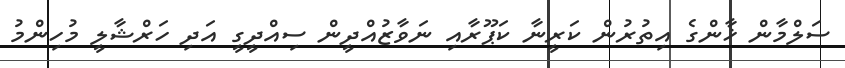
ސަލްމާން ޚާންގެ އިތުރުން ކަރީނާ ކަޕޫރާއި ނަވާޒުއްދީން ސިއްދީގީ އަދި ހަރްޝާލީ މުހިންމު